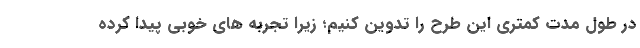
در طول مدت کمتری این طرح را تدوین کنیم؛ زیرا تجربه های خوبی پیدا کرده